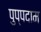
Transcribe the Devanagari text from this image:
पुप्पदाम